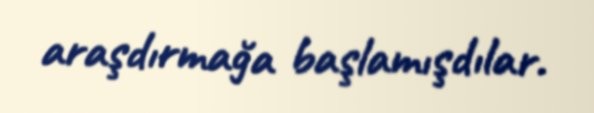
araşdırmağa başlamışdılar.